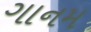
ગાનમ